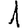
Digit: 1